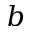
b